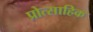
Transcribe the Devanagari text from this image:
प्रोत्साहिक